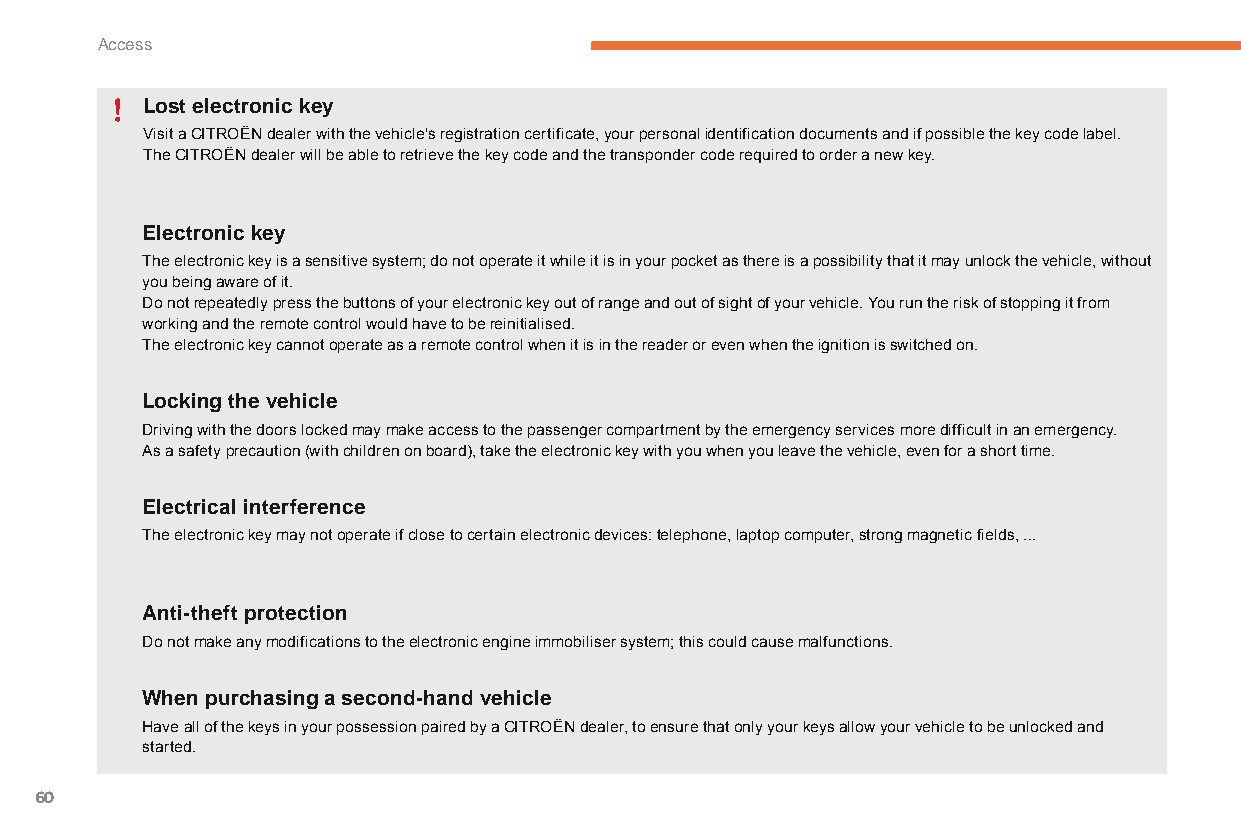
Access
 Lost electronic key
 Visit a CITROËN dealer with the vehicle's registration certificate, your personal identification documents and if possible the key code label.
 The CITROËN dealer will be able to retrieve the key code and the transponder code required to order a new key.
 Electronic key
 The electronic key is a sensitive system; do not operate it while it is in your pocket as there is a possibility that it may unlock the vehicle, without
 you being aware of it.
 Do not repeatedly press the buttons of your electronic key out of range and out of sight of your vehicle. You run the risk of stopping it from
 working and the remote control would have to be reinitialised.
 The electronic key cannot operate as a remote control when it is in the reader or even when the ignition is switched on.
 Locking the vehicle
 Driving with the doors locked may make access to the passenger compartment by the emergency services more difficult in an emergency.
 As a safety precaution (with children on board), take the electronic key with you when you leave the vehicle, even for a short time.
 Electrical interference
 The electronic key may not operate if close to certain electronic devices: telephone, laptop computer, strong magnetic fields, ...
 Anti-theft protection
 Do not make any modifications to the electronic engine immobiliser system; this could cause malfunctions.
 When purchasing a second-hand vehicle
 Have all of the keys in your possession paired by a CITROËN dealer, to ensure that only your keys allow your vehicle to be unlocked and
 started.
 60
 C4-Picasso-II_en_Chap02_ouvertures_ed01-2015